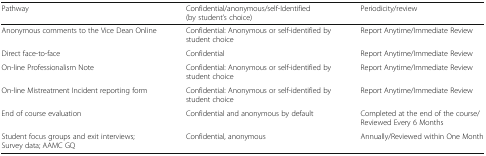
<table><thead><tr><td><b>Pathway</b></td><td><b>Confidential/anonymous/self-Identified (by student’s choice)</b></td><td><b>Periodicity/review</b></td></tr></thead><tbody><tr><td>Anonymous comments to the Vice Dean Online</td><td>Confidential: Anonymous or self-identified by student choice</td><td>Report Anytime/Immediate Review</td></tr><tr><td>Direct face-to-face</td><td>Confidential</td><td>Report Anytime/Immediate Review</td></tr><tr><td>On-line Professionalism Note</td><td>Confidential: Anonymous or self-identified by student choice</td><td>Report Anytime/Immediate Review</td></tr><tr><td>On-line Mistreatment Incident reporting form</td><td>Confidential: Anonymous or self-identified by student choice</td><td>Report Anytime/Immediate Review</td></tr><tr><td>End of course evaluation</td><td>Confidential and anonymous by default</td><td>Completed at the end of the course/Reviewed Every 6 Months</td></tr><tr><td>Student focus groups and exit interviews; Survey data; AAMC GQ</td><td>Confidential, anonymous</td><td>Annually/Reviewed within One Month</td></tr></tbody></table>